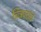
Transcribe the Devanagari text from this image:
चित्रपटांंचे